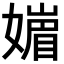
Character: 𡡻